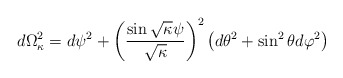
\begin{align*}d\Omega^2_{\kappa} =d\psi^2 +\left( \frac{\sin \sqrt{\kappa}\psi}{\sqrt{\kappa}}\right)^2 \left( d\theta^2 +\sin^2 \theta d\varphi^2 \right)\end{align*}